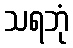
သရဘုံ